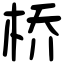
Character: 桥